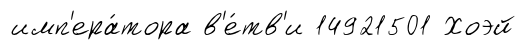
имп'ера́тора в'е́тв'и 14921501 Хоэй